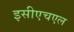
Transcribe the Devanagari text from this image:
इसीएचएल